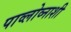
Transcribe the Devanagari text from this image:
पाव्लोव्नाशी